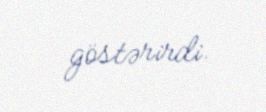
göstərirdi.